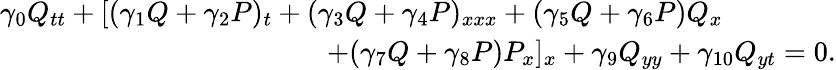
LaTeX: \begin{array}{r}{\gamma_{0}Q_{tt}+[(\gamma_{1}Q+\gamma_{2}P)_{t}+(\gamma_{3}Q+\gamma_{4}P)_{xxx}+(\gamma_{5}Q+\gamma_{6}P)Q_{x}\qquad\qquad}\\ {+(\gamma_{7}Q+\gamma_{8}P)P_{x}]_{x}+\gamma_{9}Q_{yy}+\gamma_{10}Q_{yt}=0.}\end{array}